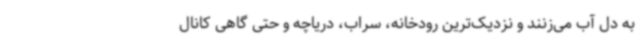
به دل آب می‌زنند و نزدیک‌ترین رودخانه، سراب، دریاچه و حتی گاهی کانال